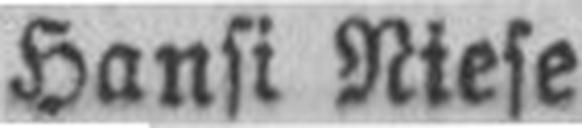
Hansi Niese